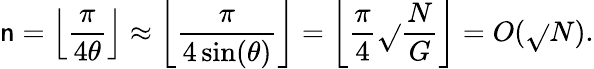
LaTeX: \mathsf{n}=\left\lfloor{\frac{{\pi}}{{4\theta}}}\right\rfloor\approx\left\lfloor{\frac{{\pi}}{{4\sin(\theta)}}}\right\rfloor=\left\lfloor{\frac{{\pi}}{{4}}}{\sqrt{}{{\frac{{N}}{{G}}}}}\right\rfloor=O({\sqrt{}{{N}}}).